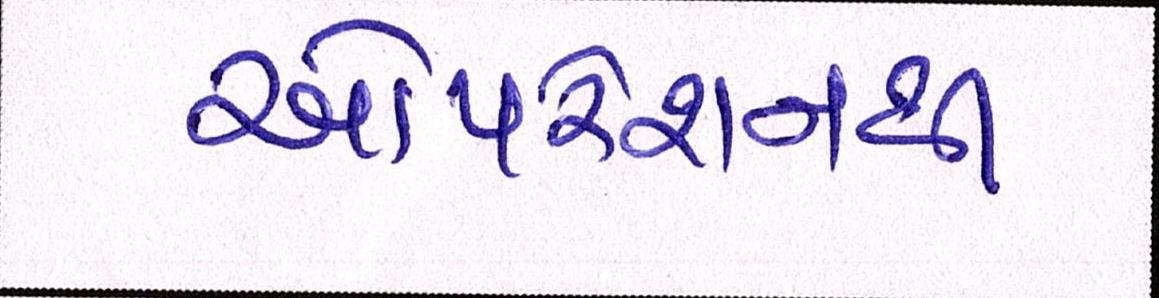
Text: ઓપરેશનથી